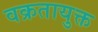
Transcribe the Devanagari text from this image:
वक्रतायुक्त